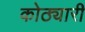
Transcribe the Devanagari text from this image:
कोठ्यारी